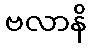
ဗလာနိ